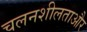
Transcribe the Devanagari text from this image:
चलनशीलताऔर